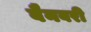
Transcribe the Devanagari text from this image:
बैनबरी